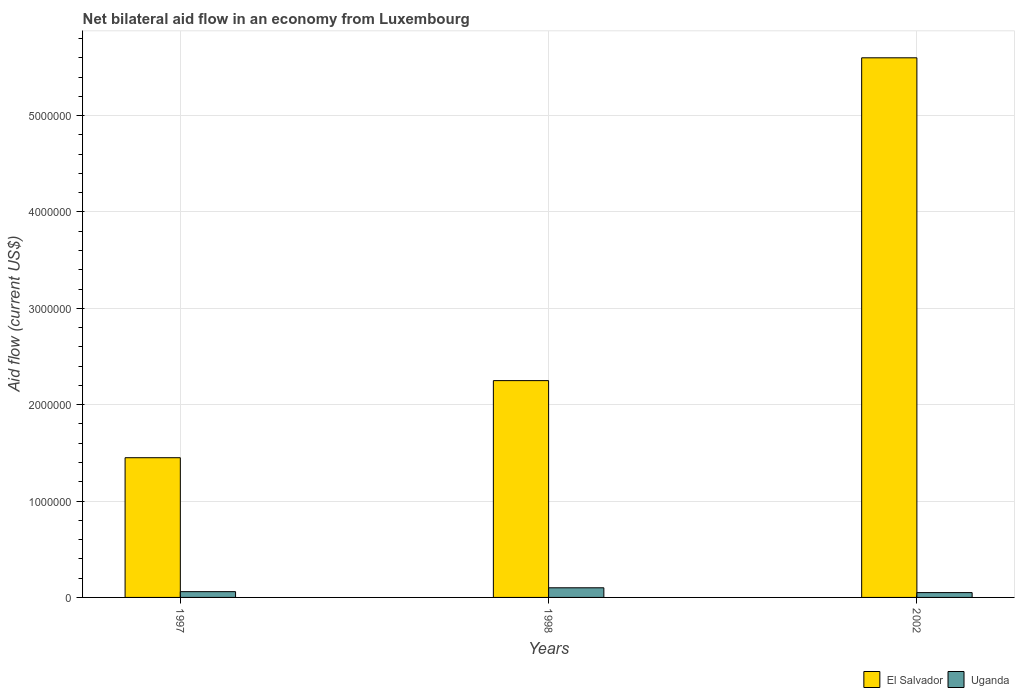
| Years | El Salvador | Uganda |
 | --- | --- | --- |
 | 1997 | 1.45e+06 | 6e+04 |
 | 1998 | 2.25e+06 | 1e+05 |
 | 2002 | 5.6e+06 | 5e+04 |